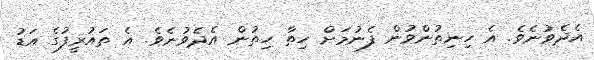
އެދެވުނެވެ. އެ ހިނިތުންވުން ފެނުމަށް ހިތާ ހިތުން އެދެވުނެވެ. އެ ތައުރީފުގެ އަޑު